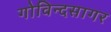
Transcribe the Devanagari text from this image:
गोविन्दसागर